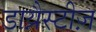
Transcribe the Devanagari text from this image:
डाय्नैस्टीज़